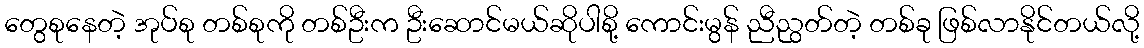
တွေစုနေတဲ့ အုပ်စု တစ်စုကို တစ်ဦးက ဦးဆောင်မယ်ဆိုပါစို့ ကောင်းမွန် ညီညွတ်တဲ့ တစ်ခု ဖြစ်လာနိုင်တယ်လို့